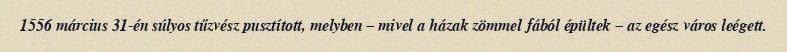
1556 március 31-én súlyos tűzvész pusztított, melyben – mivel a házak zömmel fából épültek – az egész város leégett.